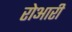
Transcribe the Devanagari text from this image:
रोआरी